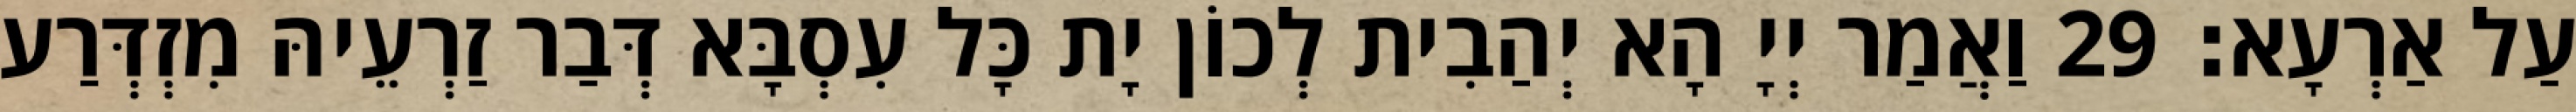
עַל אַרְעָא׃ 29 וַאֲמַר יְיָ הָא יְהַבִית לְכוֹן יָת כָּל עִסְבָּא דְּבַר זַרְעֵיהּ מִזְדְּרַע